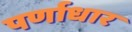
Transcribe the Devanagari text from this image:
पर्णाधार